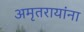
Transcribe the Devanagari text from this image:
अमृतरायांना